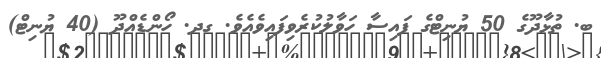
ބ. ތުޅާދޫގެ 50 ޔުނިޓްގެ ފައިސާ ހަވާލުކުރެވިފައިވެއެވެ. ގދ. ހޯންޑެއްދޫ (40 ޔުނިޓް)